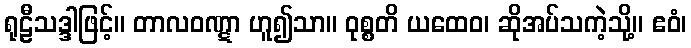
ရုဠီသဒ္ဒါဖြင့်။ တာလဝဏ္ဋာ ဟူ၍သာ။ ဝုစ္စတိ ယထေဝ၊ ဆိုအပ်သကဲ့သို့။ ဧဝံ၊